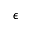
\epsilon